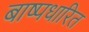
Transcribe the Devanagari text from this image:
बाष्पधारित